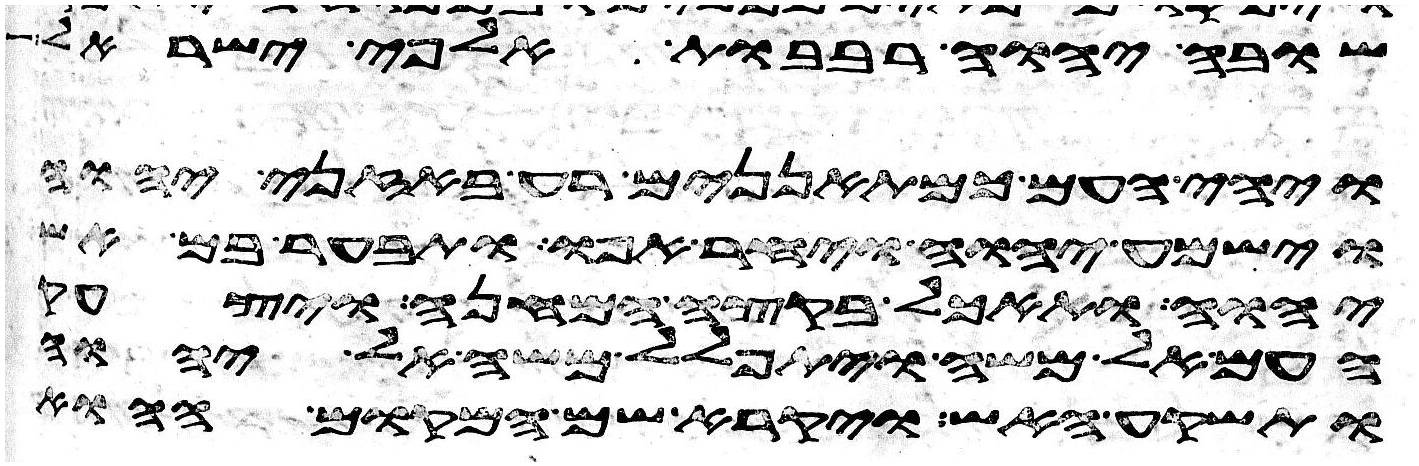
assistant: שובה יהוה רבבות אלפי ישראל
ויהי העם כמתאננים רע באזני יהוה
וישמע יהוה ויחר אפו ותבער בם אש
יהוה ותאכל בקצה המחנה ויצעק
העם אל משה ויתפלל משה אל יהוה
ותשקע האש ויקרא שם המקום ההוא